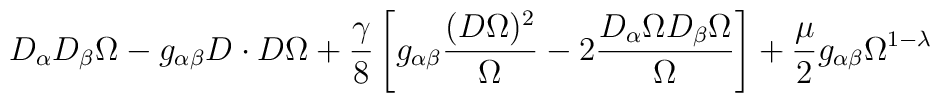
D_{\alpha}D_{\beta} \Omega - g_{\alpha \beta} D \cdot D \Omega+ \frac{\gamma}{8} \left[g_{\alpha \beta} \frac{(D \Omega )^2 }{\Omega} - 2 \frac{D_{\alpha } \Omega D_{\beta} \Omega}{\Omega} \right] + \frac{\mu}{2}g_{\alpha \beta} \Omega ^{1-\lambda}